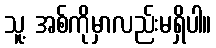
သူ့ အစ်ကိုမှာလည်းမရှိပါ။